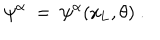
\psi ^ { \alpha } \ = \ \psi ^ { \alpha } ( x _ { \mathrm { L } } , \theta ) \ .